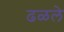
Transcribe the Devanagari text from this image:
ढळले